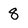
Character: 8